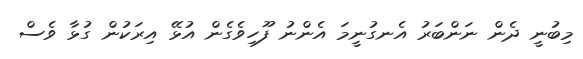
މިބުނީ ދެން ނަންބަރު އެނގުނީމަ އެންނު ފޫހިވެގެން އުޅޭ އިރަކުން ގުޅާ ވެސް